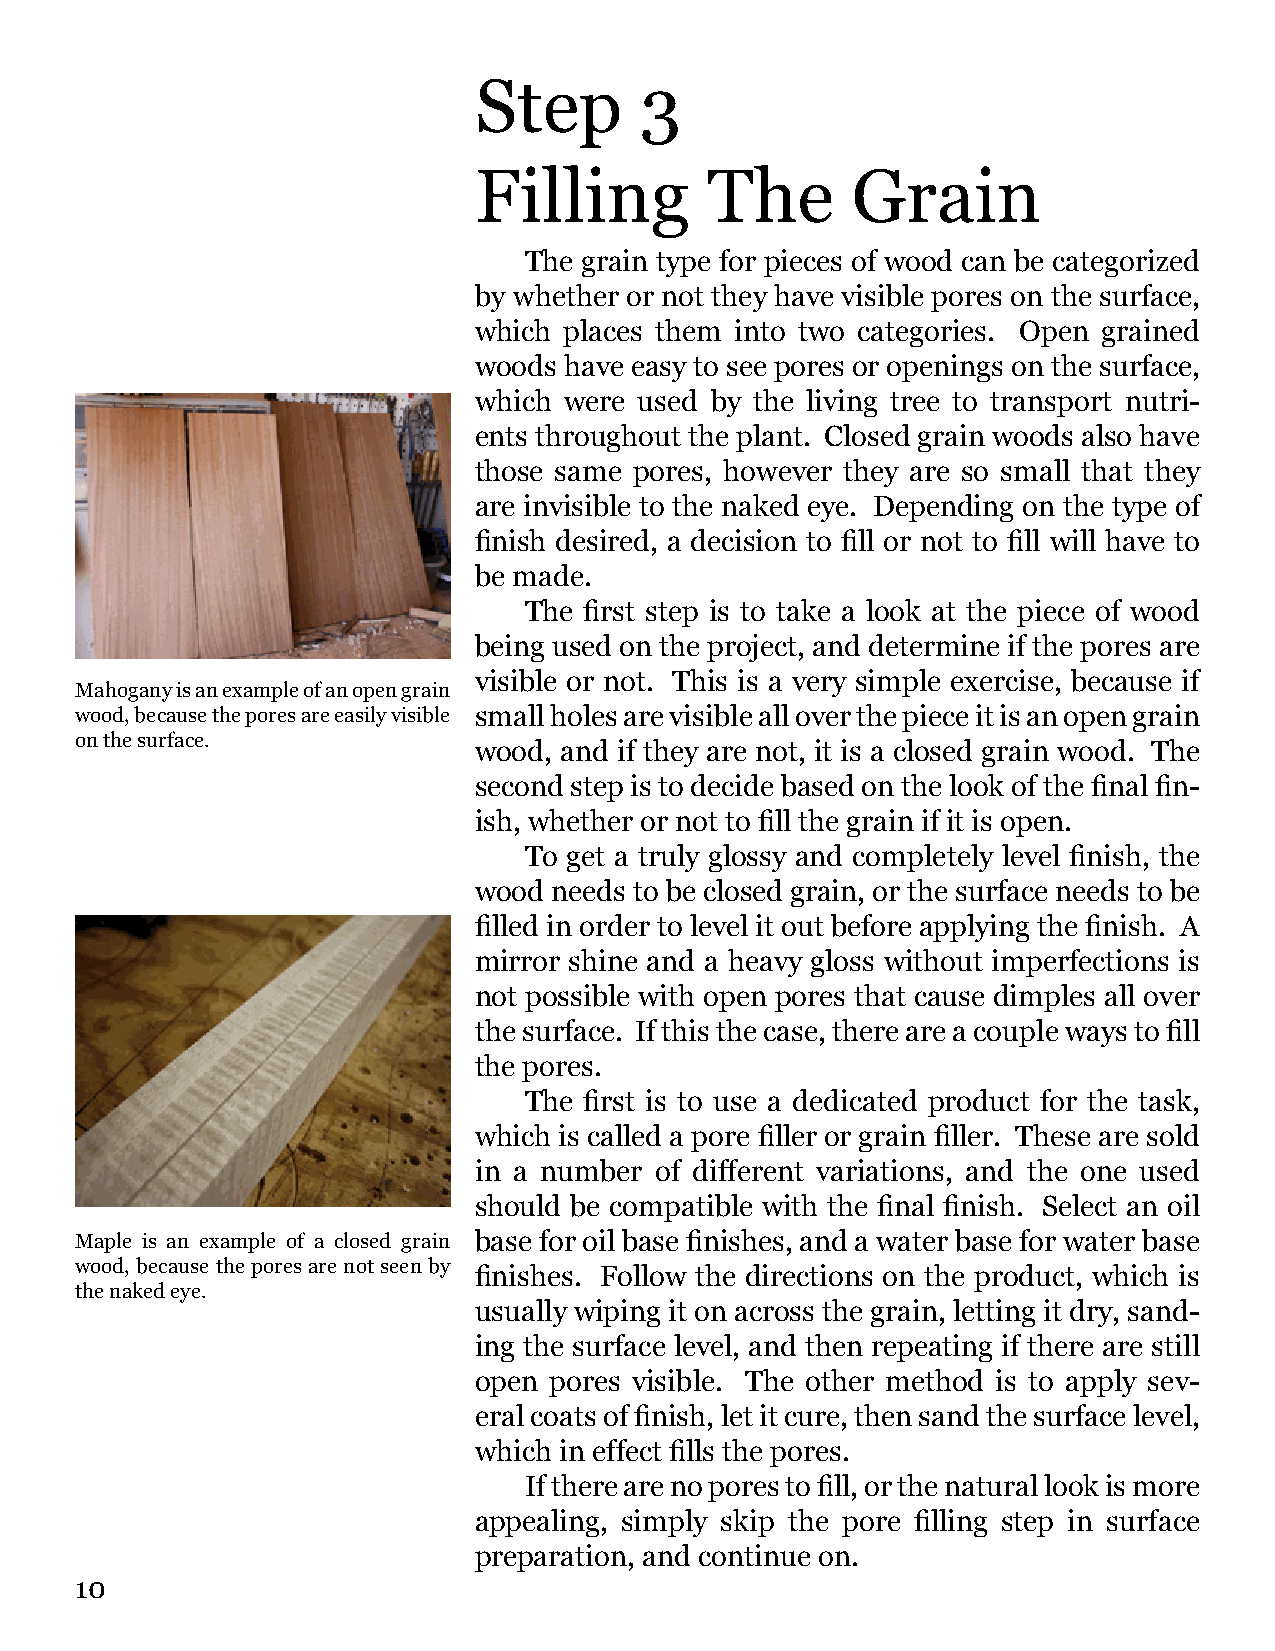
Step       3
 Filling         The      Grain
 The grain type for pieces of wood can be categorized
 by whether or not they have visible pores on the surface,
 which places them into two categories. Open grained
 woods have easy to see pores or openings on the surface,
 which were used by the living tree to transport nutri-
 ents throughout the plant. Closed grain woods also have
 those same pores, however they are so small that they
 are invisible to the naked eye. Depending on the type of
 finish desired, a decision to fill or not to fill will have to
 be made.
 The first step is to take a look at the piece of wood
 being used on the project, and determine if the pores are
 visible or not. This is a very simple exercise, because if
 Mahogany is an example of an open grain
 wood, because the pores are easily visible small holes are visible all over the piece it is an open grain
 on the surface.
 wood, and if they are not, it is a closed grain wood. The
 second step is to decide based on the look of the final fin-
 ish, whether or not to fill the grain if it is open.
 To get a truly glossy and completely level finish, the
 wood  needs to be closed grain, or the surface needs to be
 filled in order to level it out before applying the finish. A
 mirror shine and a heavy gloss without imperfections is
 not possible with open pores that cause dimples all over
 the surface. If this the case, there are a couple ways to fill
 the pores.
 The first is to use a dedicated product for the task,
 which is called a pore filler or grain filler. These are sold
 in a number of different variations, and the one used
 should be compatible with the final finish. Select an oil
 Maple is an example of a closed grain base for oil base finishes, and a water base for water base
 wood, because the pores are not seen by
 finishes. Follow the directions on the product, which is
 the naked eye.
 usually wiping it on across the grain, letting it dry, sand-
 ing the surface level, and then repeating if there are still
 open pores visible. The other method is to apply sev-
 eral coats of finish, let it cure, then sand the surface level,
 which in effect fills the pores.
 If there are no pores to fill, or the natural look is more
 appealing, simply skip the pore filling step in surface
 preparation, and continue on.
 10